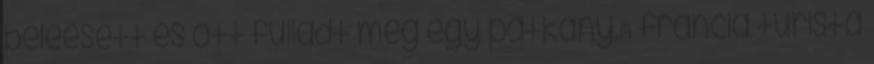
beleesett és ott fulladt meg egy patkány.A francia turista